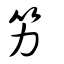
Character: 竻